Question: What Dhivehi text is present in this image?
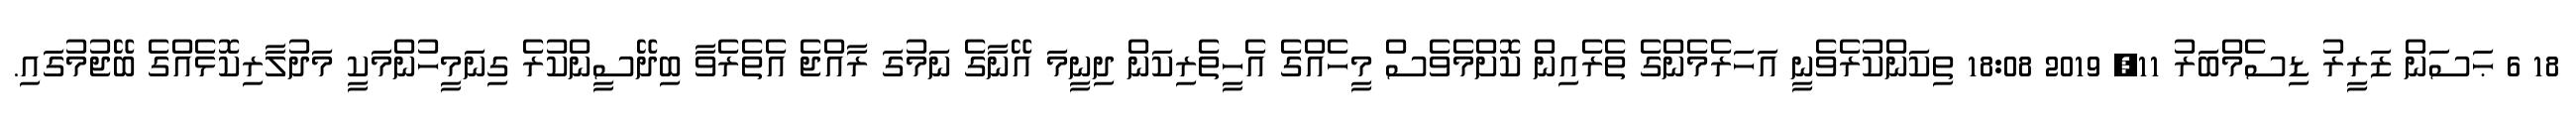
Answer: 18 6 ޙަސަން ޒަރީރު ޑިސެމްބަރު 11, 2019 18:08 ތިކަންކުރެވެނީ އަހަރެމެންގެ ތެރެއިން ކޮށްމެވެސް މީހެއްގެ އެހީތެރިކަން ދިނީމަ އޭނާގެ ނަމުގަ ރާއްޖެ އެތެރެވާ ބިދޭސީންކުރެ ގިނަމީހުންމަކީ މަދުލާރިކޮޅެއްގެ ބޭޖުމުގައި.